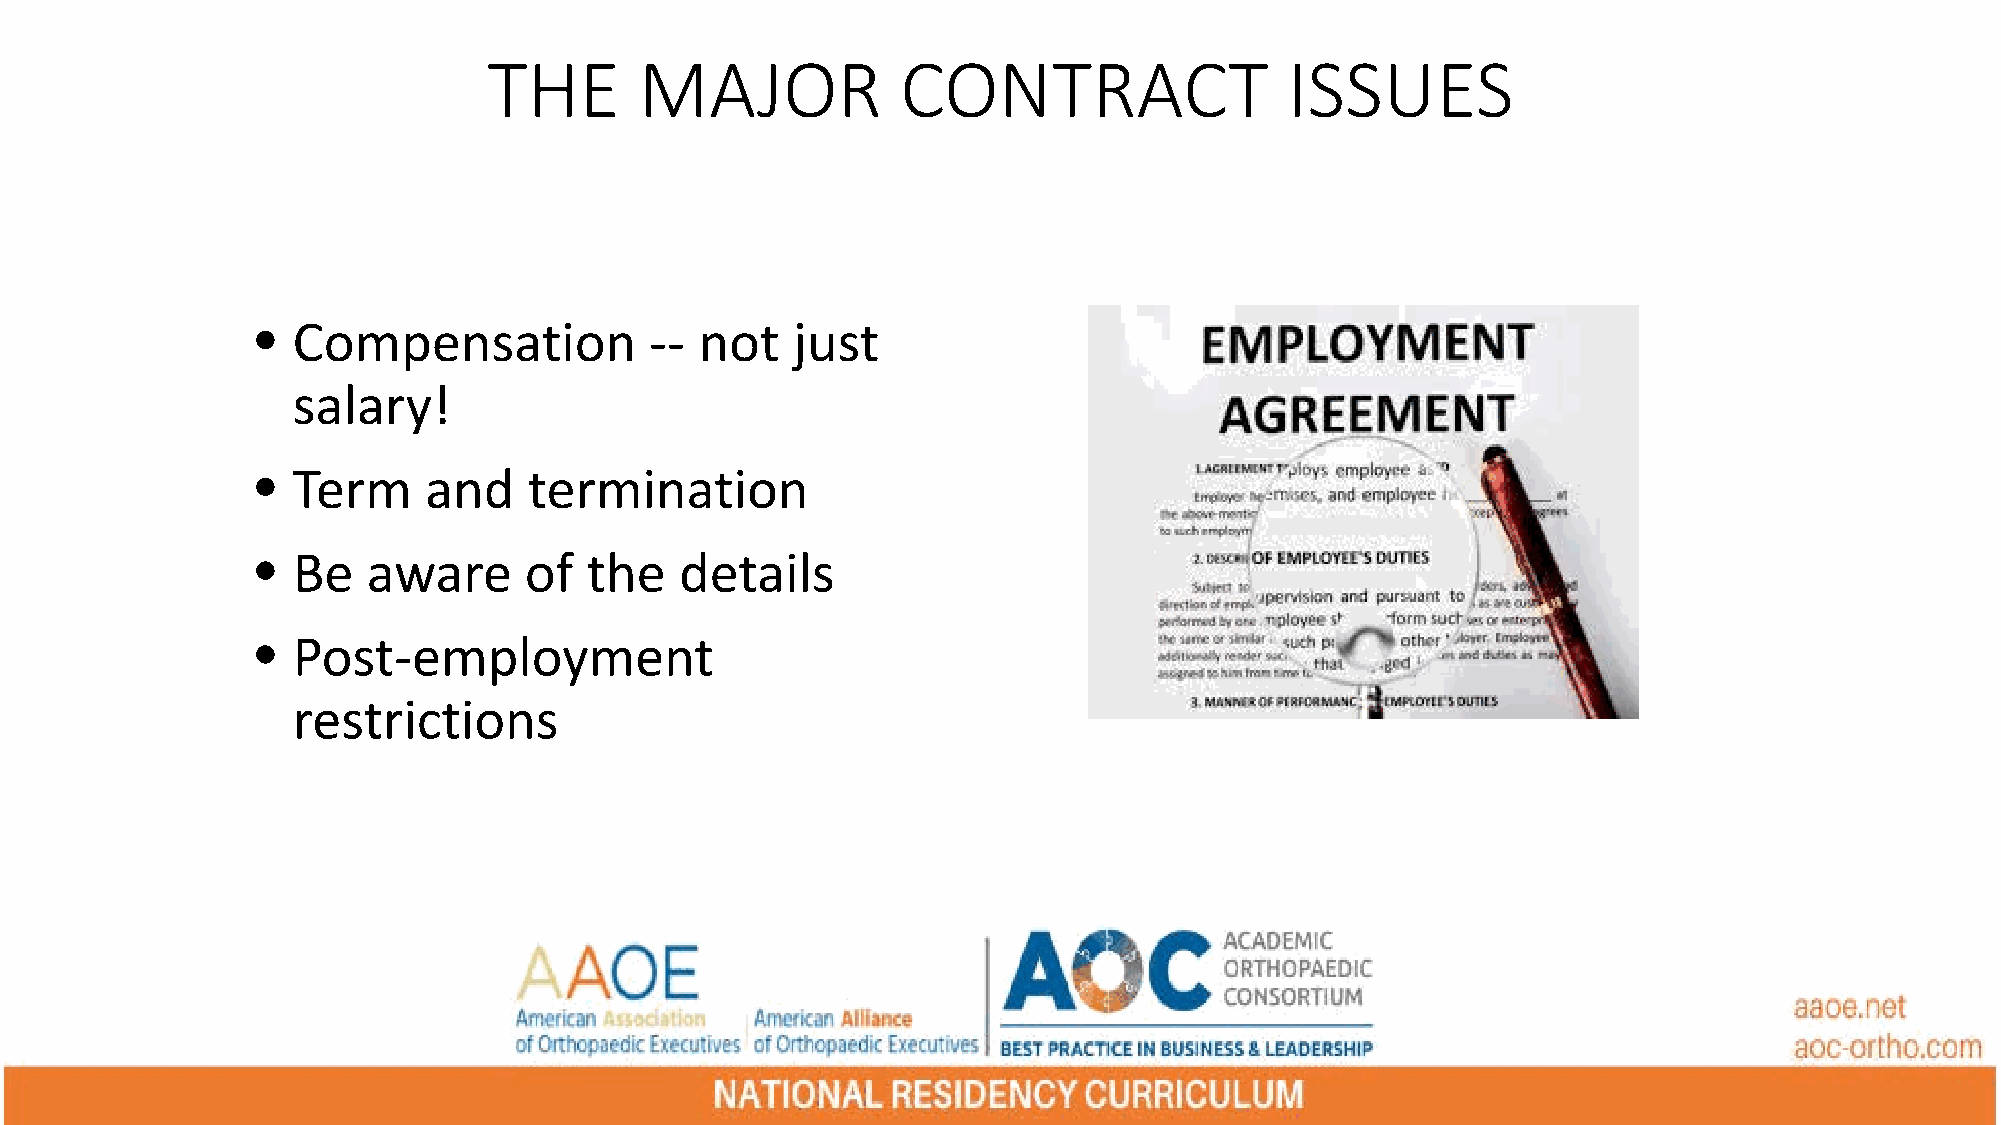
THE       MAJOR             CONTRACT                 ISSUES
 • Compensation            -- not   just
 salary!
 • Term     and    termination
 • Be   aware      of  the   details
 • Post-employment
 restrictions